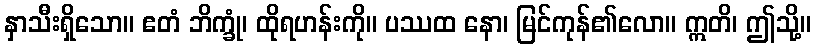
နှာသီးရှိသော။ ဧတံ ဘိက္ခုံ၊ ထိုရဟန်းကို။ ပဿထ နော၊ မြင်ကုန်၏လော။ ဣတိ၊ ဤသို့။